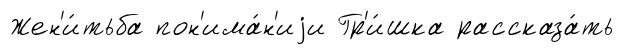
Жен'и́тьба пон'има́н'иjи Гр'и́шка рассказа́ть